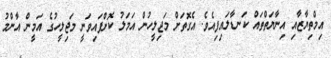
އިމްތިޔާޒާއި އިނާޔަތްތައް ކަނޑާލައިފިއެވެ. އެގޮތަށް މަޖިލީހުން އަމަލު ކޮށްފައިވަނީ މަޖިލީހުގެ އަމީން އާންމު